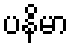
ပနိမာ